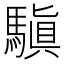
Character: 𩥄